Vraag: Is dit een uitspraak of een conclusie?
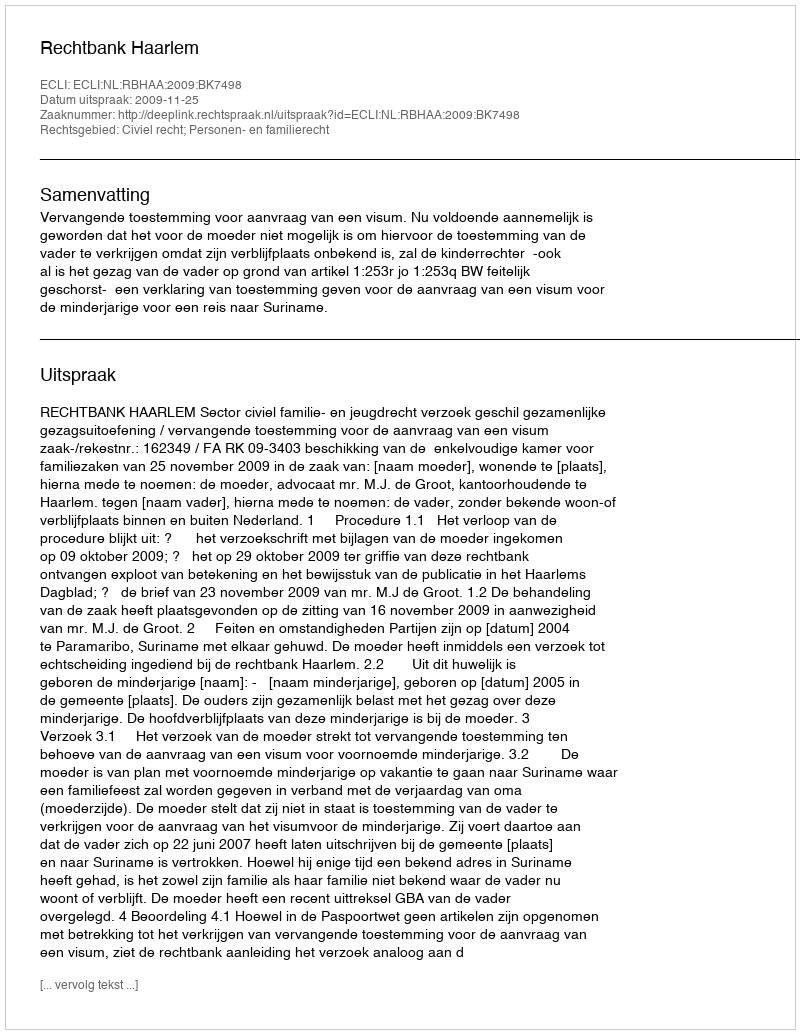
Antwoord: Uitspraak